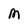
Character: m